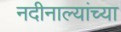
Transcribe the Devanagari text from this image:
नदीनाल्यांच्या